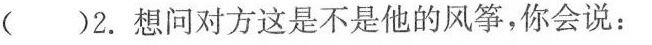
( )2.想问对方这是不是他的风筝，你会说：